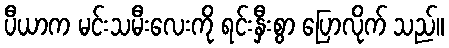
ပီယာက မင်းသမီးလေးကို ရင်းနှီးစွာ ပြောလိုက် သည်။